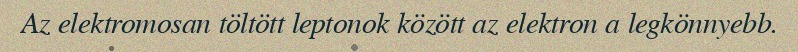
Az elektromosan töltött leptonok között az elektron a legkönnyebb.